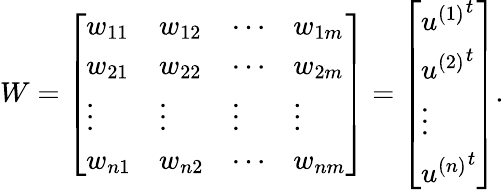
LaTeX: W=\left[\begin{array}{llll}{w_{11}}&{w_{12}}&{\cdots}&{w_{1m}}\\ {w_{21}}&{w_{22}}&{\cdots}&{w_{2m}}\\ {\vdots}&{\vdots}&{\vdots}&{\vdots}\\ {w_{n1}}&{w_{n2}}&{\cdots}&{w_{nm}}\end{array}\right]=\left[\begin{array}{l}{{u^{(1)}}^{t}}\\ {{u^{(2)}}^{t}}\\ {\vdots}\\ {{u^{(n)}}^{t}}\end{array}\right].